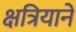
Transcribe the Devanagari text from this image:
क्षत्रियाने